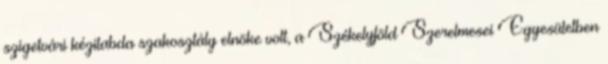
szigetvári kézilabda szakosztály elnöke volt, a Székelyföld Szerelmesei Egyesületben